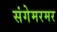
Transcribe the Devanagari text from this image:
संगेमरमर